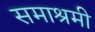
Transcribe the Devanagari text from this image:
समाश्रमी